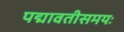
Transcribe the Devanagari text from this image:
पद्मावतीसमयः